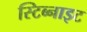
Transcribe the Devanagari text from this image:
स्टिब्नाइट